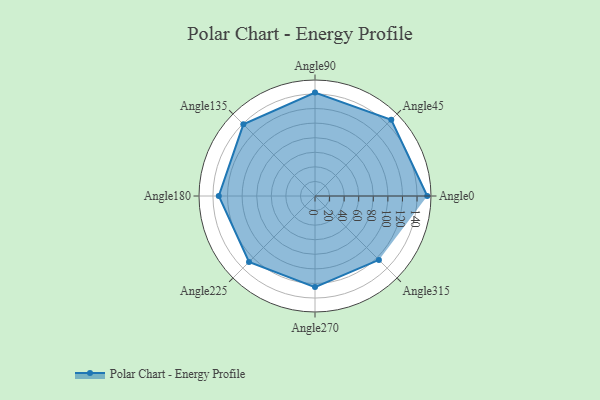
{"axis": {"x": "Angle", "y": "Radius"}, "legend": [""], "data": [{"x": "Angle0", "y": 154.0, "type": ""}, {"x": "Angle45", "y": 148.0, "type": ""}, {"x": "Angle90", "y": 142.0, "type": ""}, {"x": "Angle135", "y": 139.0, "type": ""}, {"x": "Angle180", "y": 132.0, "type": ""}, {"x": "Angle225", "y": 128.0, "type": ""}, {"x": "Angle270", "y": 125.0, "type": ""}, {"x": "Angle315", "y": 124.0, "type": ""}]}